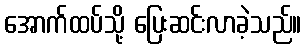
အောက်ထပ်သို့ ပြေးဆင်းလာခဲ့သည်။